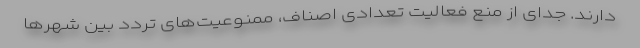
دارند. جدای از منع فعالیت تعدادی اصناف، ممنوعیت‌های تردد بین شهرها